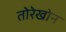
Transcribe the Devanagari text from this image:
तोरेखोन